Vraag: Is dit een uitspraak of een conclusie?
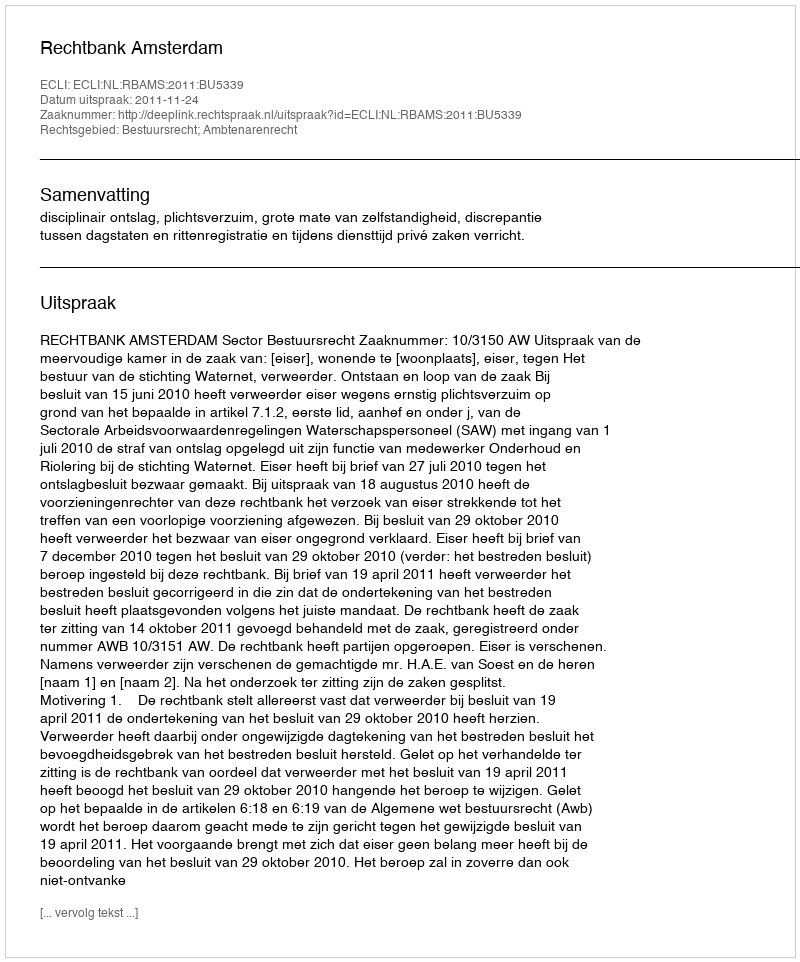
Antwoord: Uitspraak